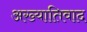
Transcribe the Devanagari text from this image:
अख्यातिवाद